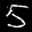
Label: 5